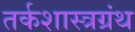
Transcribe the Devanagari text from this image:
तर्कशास्त्रग्रंथ